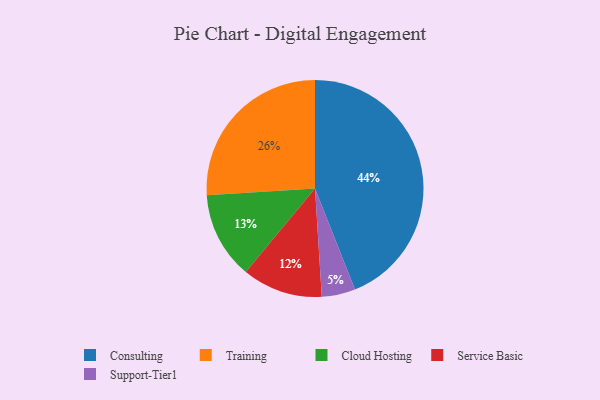
{"axis": {"x": "Category", "y": "Percentage"}, "legend": ["Cloud Hosting", "Consulting", "Service Basic", "Support-Tier1", "Training"], "data": [{"x": "Cloud Hosting", "y": 13, "type": "Cloud Hosting"}, {"x": "Consulting", "y": 44, "type": "Consulting"}, {"x": "Support-Tier1", "y": 5, "type": "Support-Tier1"}, {"x": "Training", "y": 26, "type": "Training"}, {"x": "Service Basic", "y": 12, "type": "Service Basic"}]}